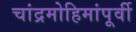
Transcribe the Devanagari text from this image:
चांद्रमोहिमांपूर्वी